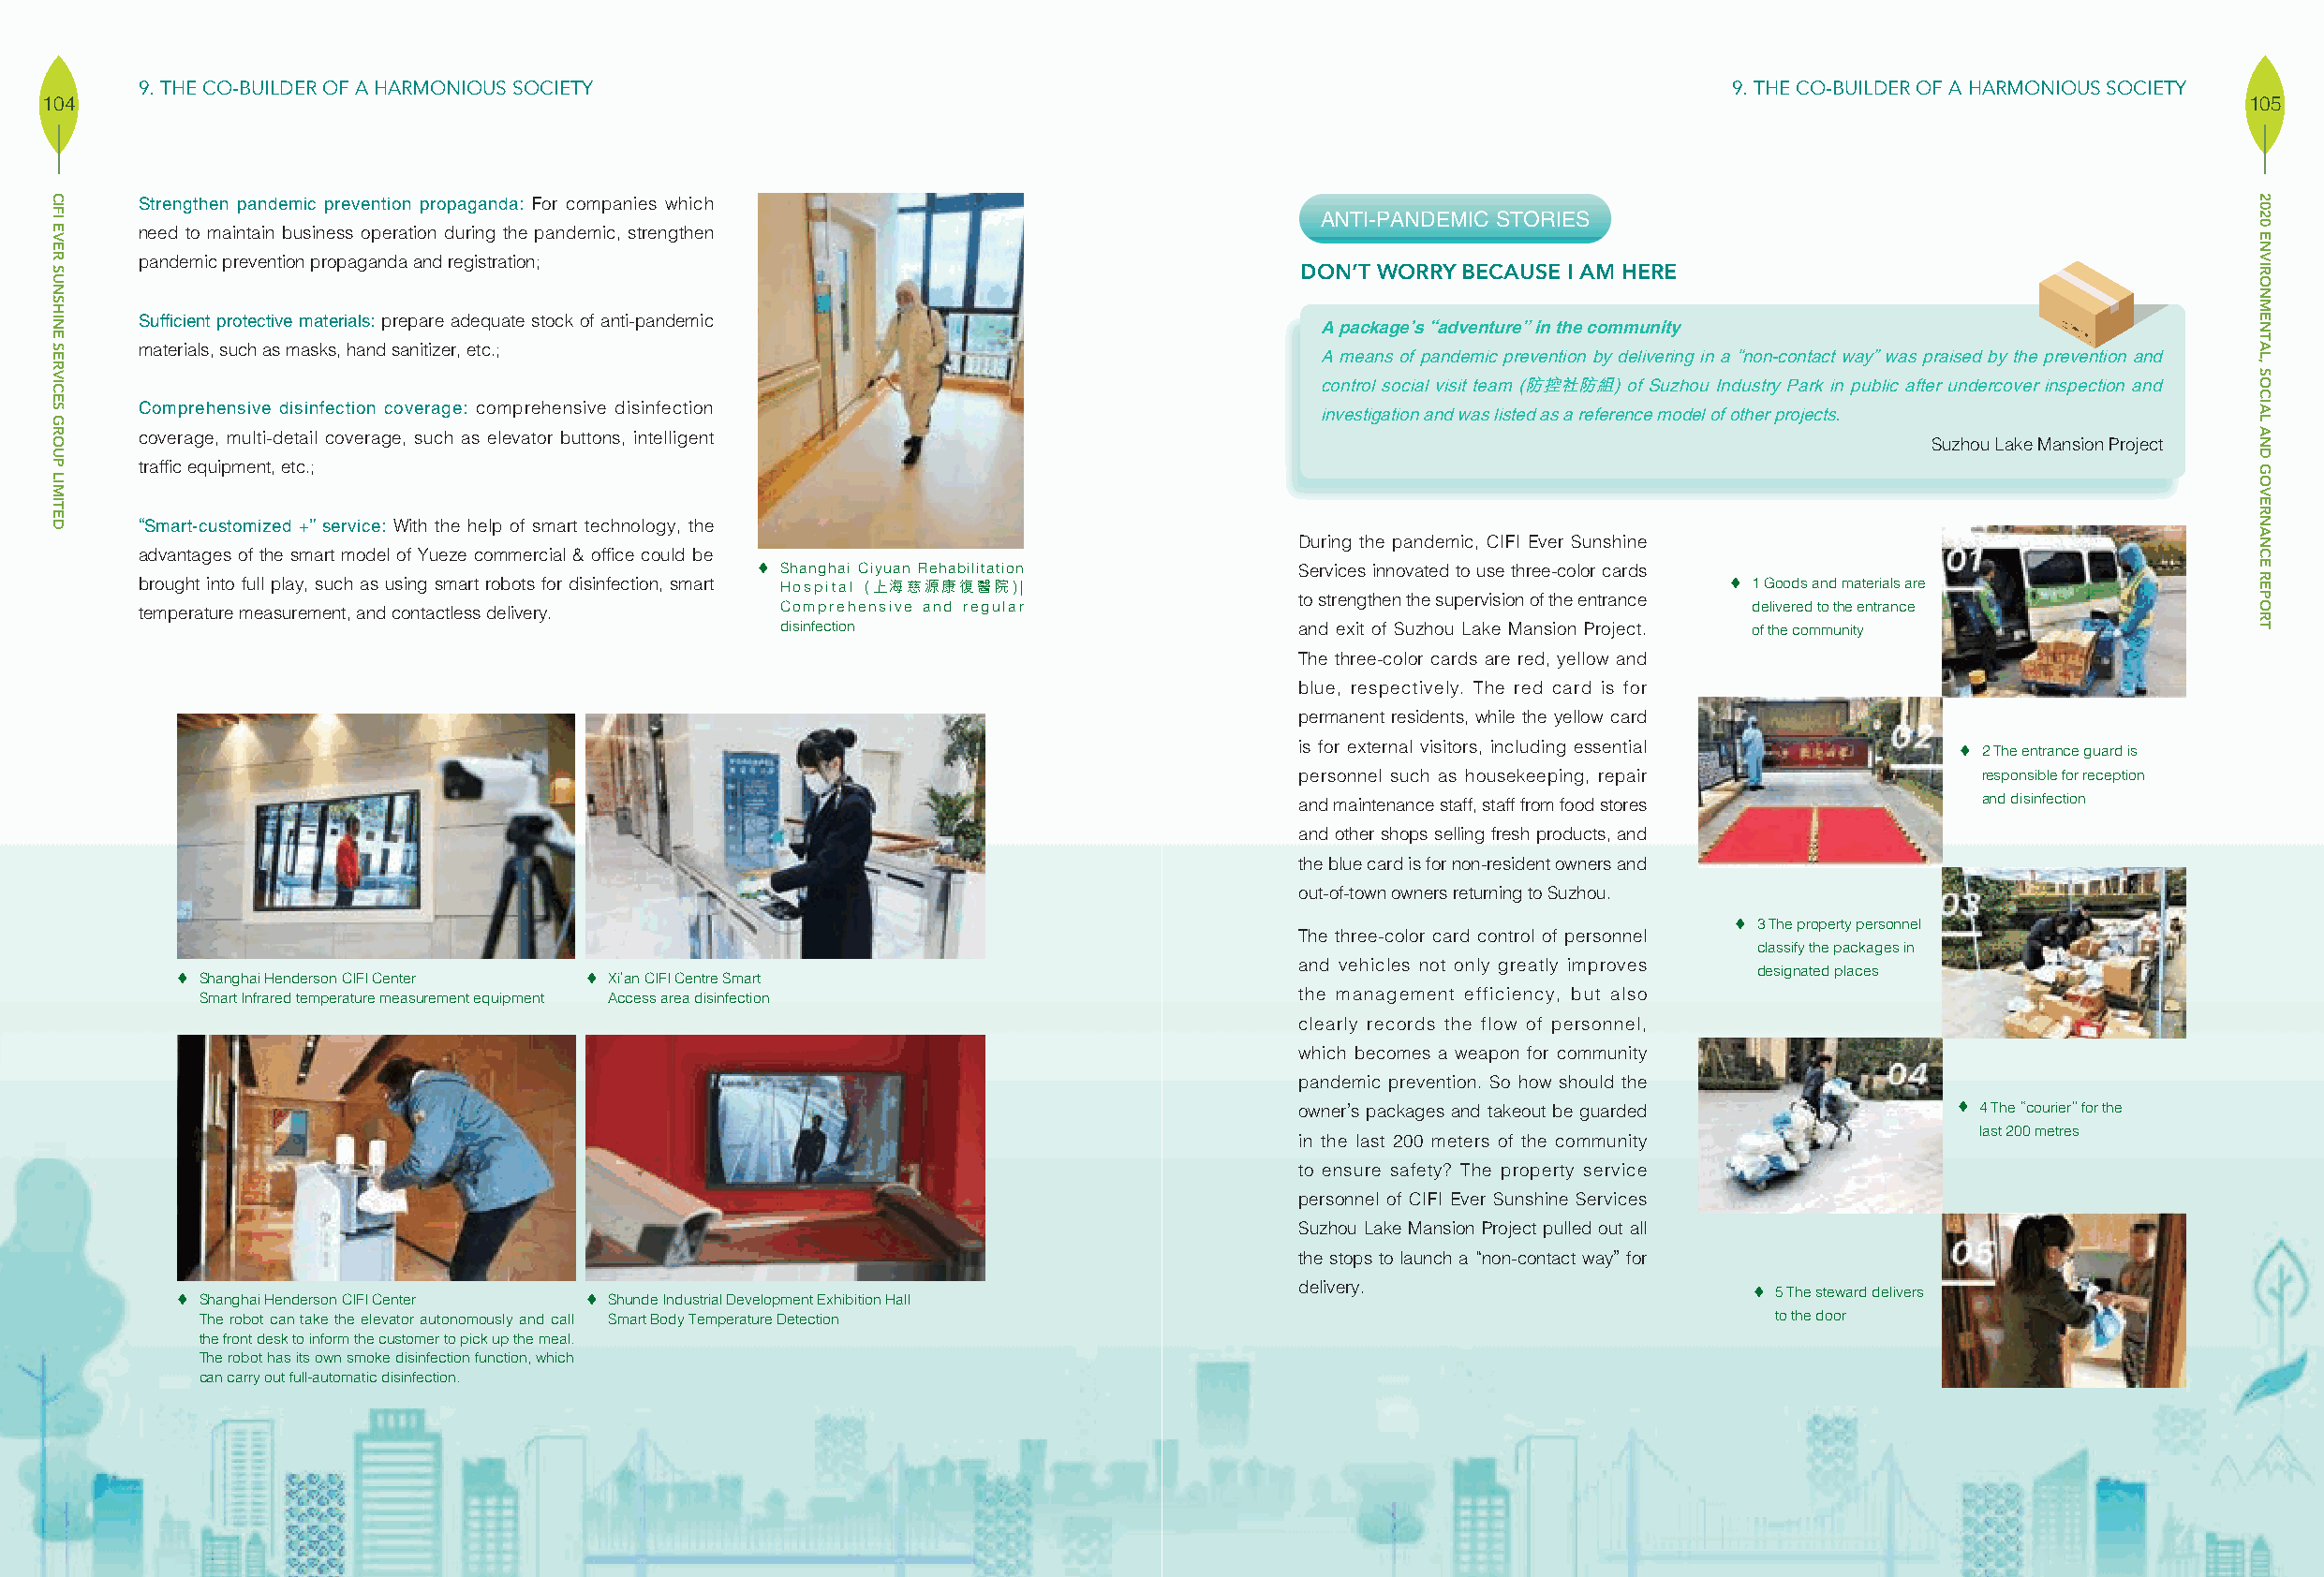
9. THE CO-BUILDER OF A HARMONIOUS SOCIETY                                                                       9. THE CO-BUILDER OF A HARMONIOUS SOCIETY
 104                                                                                                                                                         105
 Strengthen pandemic prevention propaganda: For companies which
 ANTI-PANDEMIC STORIES
 need to maintain business operation during the pandemic, strengthen
 pandemic prevention propaganda and registration;
 DON’T WORRY BECAUSE I AM HERE
 Sufficient protective materials: prepare adequate stock of anti-pandemic           A package’s “adventure” in the community
 materials, such as masks, hand sanitizer, etc.;                                    A means of pandemic prevention by delivering in a “non-contact way” was praised by the prevention and
 control social visit team (防控社防組) of Suzhou Industry Park in public after undercover inspection and
 Comprehensive disinfection coverage: comprehensive disinfection
 investigation and was listed as a reference model of other projects.
 coverage, multi-detail coverage, such as elevator buttons, intelligent
 Suzhou Lake Mansion Project
 traffic equipment, etc.;
 “Smart-customized +” service: With the help of smart technology, the
 During the pandemic, CIFI Ever Sunshine
 advantages of the smart model of Yueze commercial & office could be
  Shanghai Ciyuan Rehabilitation      Services innovated to use three-color cards
 brought into full play, such as using smart robots for disinfection, smart Hospital (上海慈源康復醫院)|                  1 Goods and materials are
 to strengthen the supervision of the entrance
 temperature measurement, and contactless delivery. Comprehensive and regular                                      delivered to the entrance
 disinfection                         and exit of Suzhou Lake Mansion Project. of the community
 The three-color cards are red, yellow and
 blue, respectively. The red card is for
 permanent residents, while the yellow card
 is for external visitors, including essential  2 The entrance guard is
 personnel such as housekeeping, repair          responsible for reception
 and maintenance staff, staff from food stores   and disinfection
 and other shops selling fresh products, and
 the blue card is for non-resident owners and
 out-of-town owners returning to Suzhou.
  3 The property personnel
 The three-color card control of personnel
 classify the packages in
 and vehicles not only greatly improves
 designated places
  Shanghai Henderson CIFI Center  Xi’an CIFI Centre Smart
 Smart Infrared temperature measurement equipment Access area disinfection     the management efficiency, but also
 clearly records the flow of personnel,
 which becomes a weapon for community
 pandemic prevention. So how should the
 owner’s packages and takeout be guarded        4 The “courier” for the
 last 200 metres
 in the last 200 meters of the community
 to ensure safety? The property service
 personnel of CIFI Ever Sunshine Services
 Suzhou Lake Mansion Project pulled out all
 the stops to launch a “non-contact way” for
 delivery.                        5 The steward delivers
  Shanghai Henderson CIFI Center  Shunde Industrial Development Exhibition Hall
 The robot can take the elevator autonomously and call Smart Body Temperature Detection                         to the door
 the front desk to inform the customer to pick up the meal.
 The robot has its own smoke disinfection function, which
 can carry out full-automatic disinfection.
 CIFI
 EVER
 SUNSHINE
 SERVICES
 GROUP
 LIMITED
 2020
 ENVIRONMENTAL,
 SOCIAL
 AND
 GOVERNANCE
 REPORT